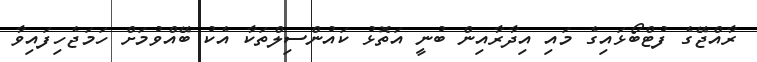
ރާއްޖޭގެ ފުޓްބޯޅައިގެ މައި އިދާރާއިން ބުނީ އަތޮޅު ކައުންސިލްތަކާ އެކު ބޭއްވުމަށް ހަމަޖެހިފައިވާ